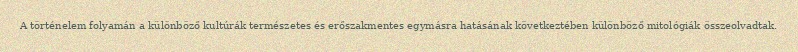
A történelem folyamán a különböző kultúrák természetes és erőszakmentes egymásra hatásának következtében különböző mitológiák összeolvadtak.